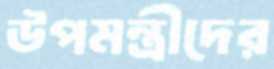
উপমন্ত্রীদের